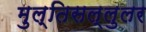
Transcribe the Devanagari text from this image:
मुल्तिसल्लुलर